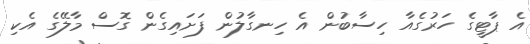
އެ ޕާޓީގެ ހަރުގެއާ ހިސާބުން އެ ހިނގާލުން ފަށައިގެން ގޮސް މާލޭގެ އެކި